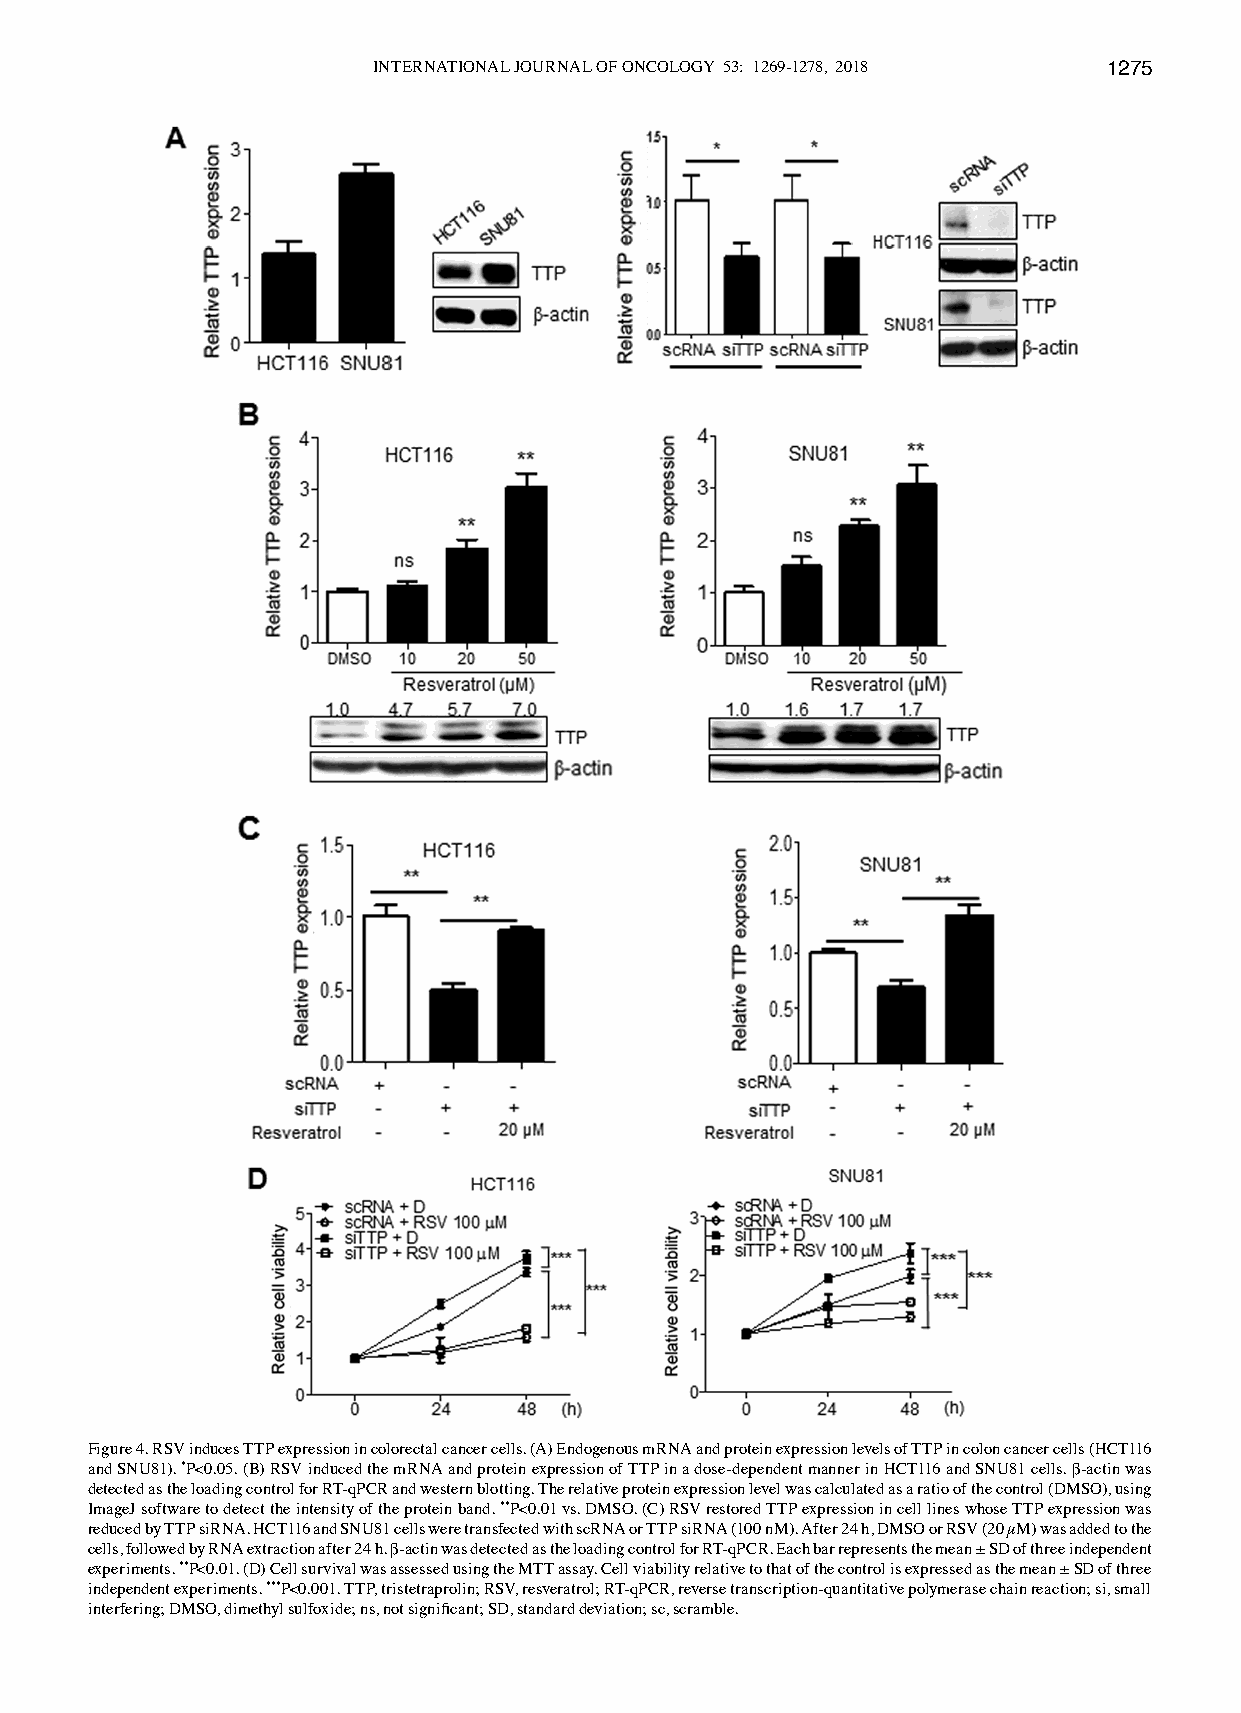
INTERNATIONAL JOURNAL OF ONCOLOGY 53: 1269-1278, 2018 1275
 Figure 4. RSV induces TTP expression in colorectal cancer cells. (A) Endogenous mRNA and protein expression levels of TTP in colon cancer cells (HCT116
 and SNU81). *P<0.05. (B) RSV induced the mRNA and protein expression of TTP in a dose-dependent manner in HCT116 and SNU81 cells. β-actin was
 detected as the loading control for RT-qPCR and western blotting. The relative protein expression level was calculated as a ratio of the control (DMSO), using
 ImageJ software to detect the intensity of the protein band. **P<0.01 vs. DMSO. (C) RSV restored TTP expression in cell lines whose TTP expression was
 reduced by TTP siRNA. HCT116 and SNU81 cells were transfected with scRNA or TTP siRNA (100 nM). After 24 h, DMSO or RSV (20 µM) was added to the
 cells, followed by RNA extraction after 24 h. β-actin was detected as the loading control for RT-qPCR. Each bar represents the mean ± SD of three independent
 experiments. **P<0.01. (D) Cell survival was assessed using the MTT assay. Cell viability relative to that of the control is expressed as the mean ± SD of three
 independent experiments. ***P<0.001. TTP, tristetraprolin; RSV, resveratrol; RT-qPCR, reverse transcription-quantitative polymerase chain reaction; si, small
 interfering; DMSO, dimethyl sulfoxide; ns, not significant; SD, standard deviation; sc, scramble.